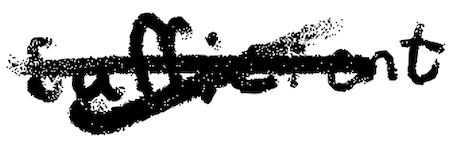
Text: sufficient
Cross-out: mix
Writing tool: digital_black